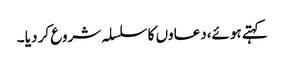
کہتے ہوئے،دعاوں کا سلسلہ شروع کر دیا ۔